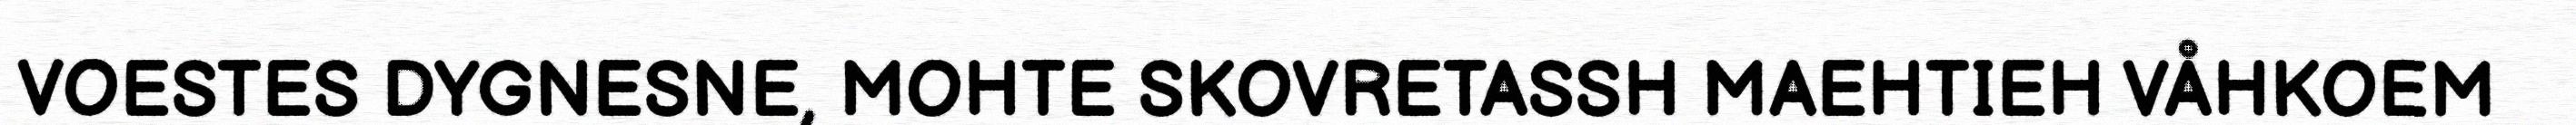
VOESTES DYGNESNE, MOHTE SKOVRETASSH MAEHTIEH VÅHKOEM